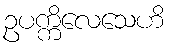
ဥပက္ကိလေသေဟိ